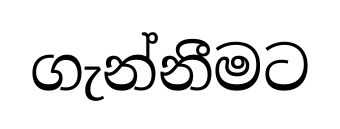
ගැන්නීමට